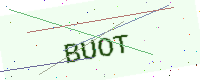
Text: BUOT